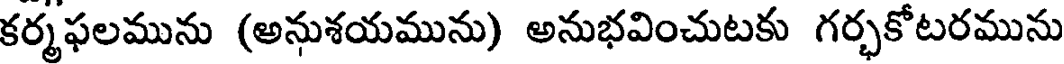
కర్మఫలమును (అనుశయమును) అనుభవించుటకు గర్భకోటరమును